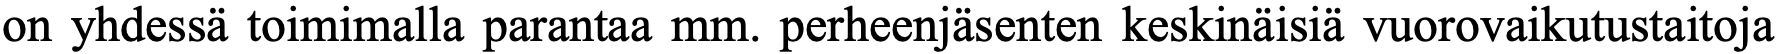
on yhdessä toimimalla parantaa mm. perheenjäsenten keskinäisiä vuorovaikutustaitoja